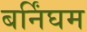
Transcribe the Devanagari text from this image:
बर्निंघम